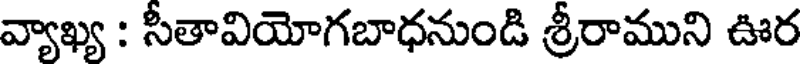
వ్యాఖ్య : సీతావియోగబాధనుండి శ్రీరాముని ఊర